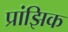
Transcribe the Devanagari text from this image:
प्रांझिक